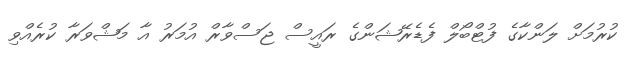
ކުރުމަށް ލަންކާގެ ފުޓްބޯލް ފެޑެރޭޝަންގެ ރައީސް ޖަސްވާރް އުމަރު އާ މަޝްވަރާ ކުރެެއްވި